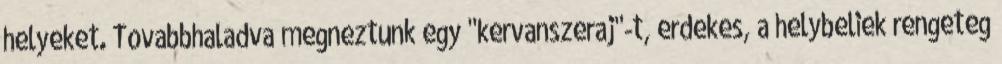
helyeket. Tovabbhaladva megneztunk egy "kervanszeraj"-t, erdekes, a helybeliek rengeteg